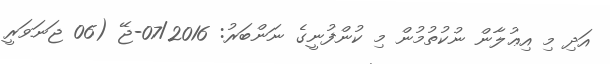
އަދި މި އިޢުލާން ނުކުތުމުން މި ކުންފުނީގެ ނަންބަރު: 07/2016-ޖޭ (06 ޖަނަވަރީ